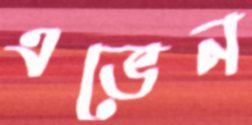
এভেন